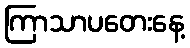
ကြာသာပတေးနေ့